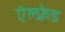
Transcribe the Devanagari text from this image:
ऐल्फ़्रेड